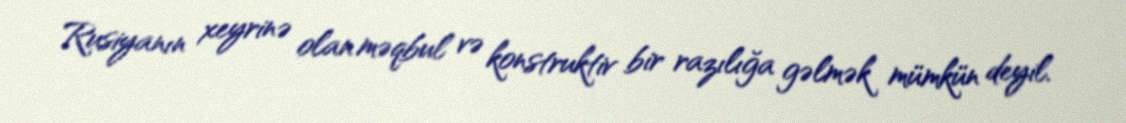
Rusiyanın xeyrinə olan məqbul və konstruktiv bir razılığa gəlmək mümkün deyil.